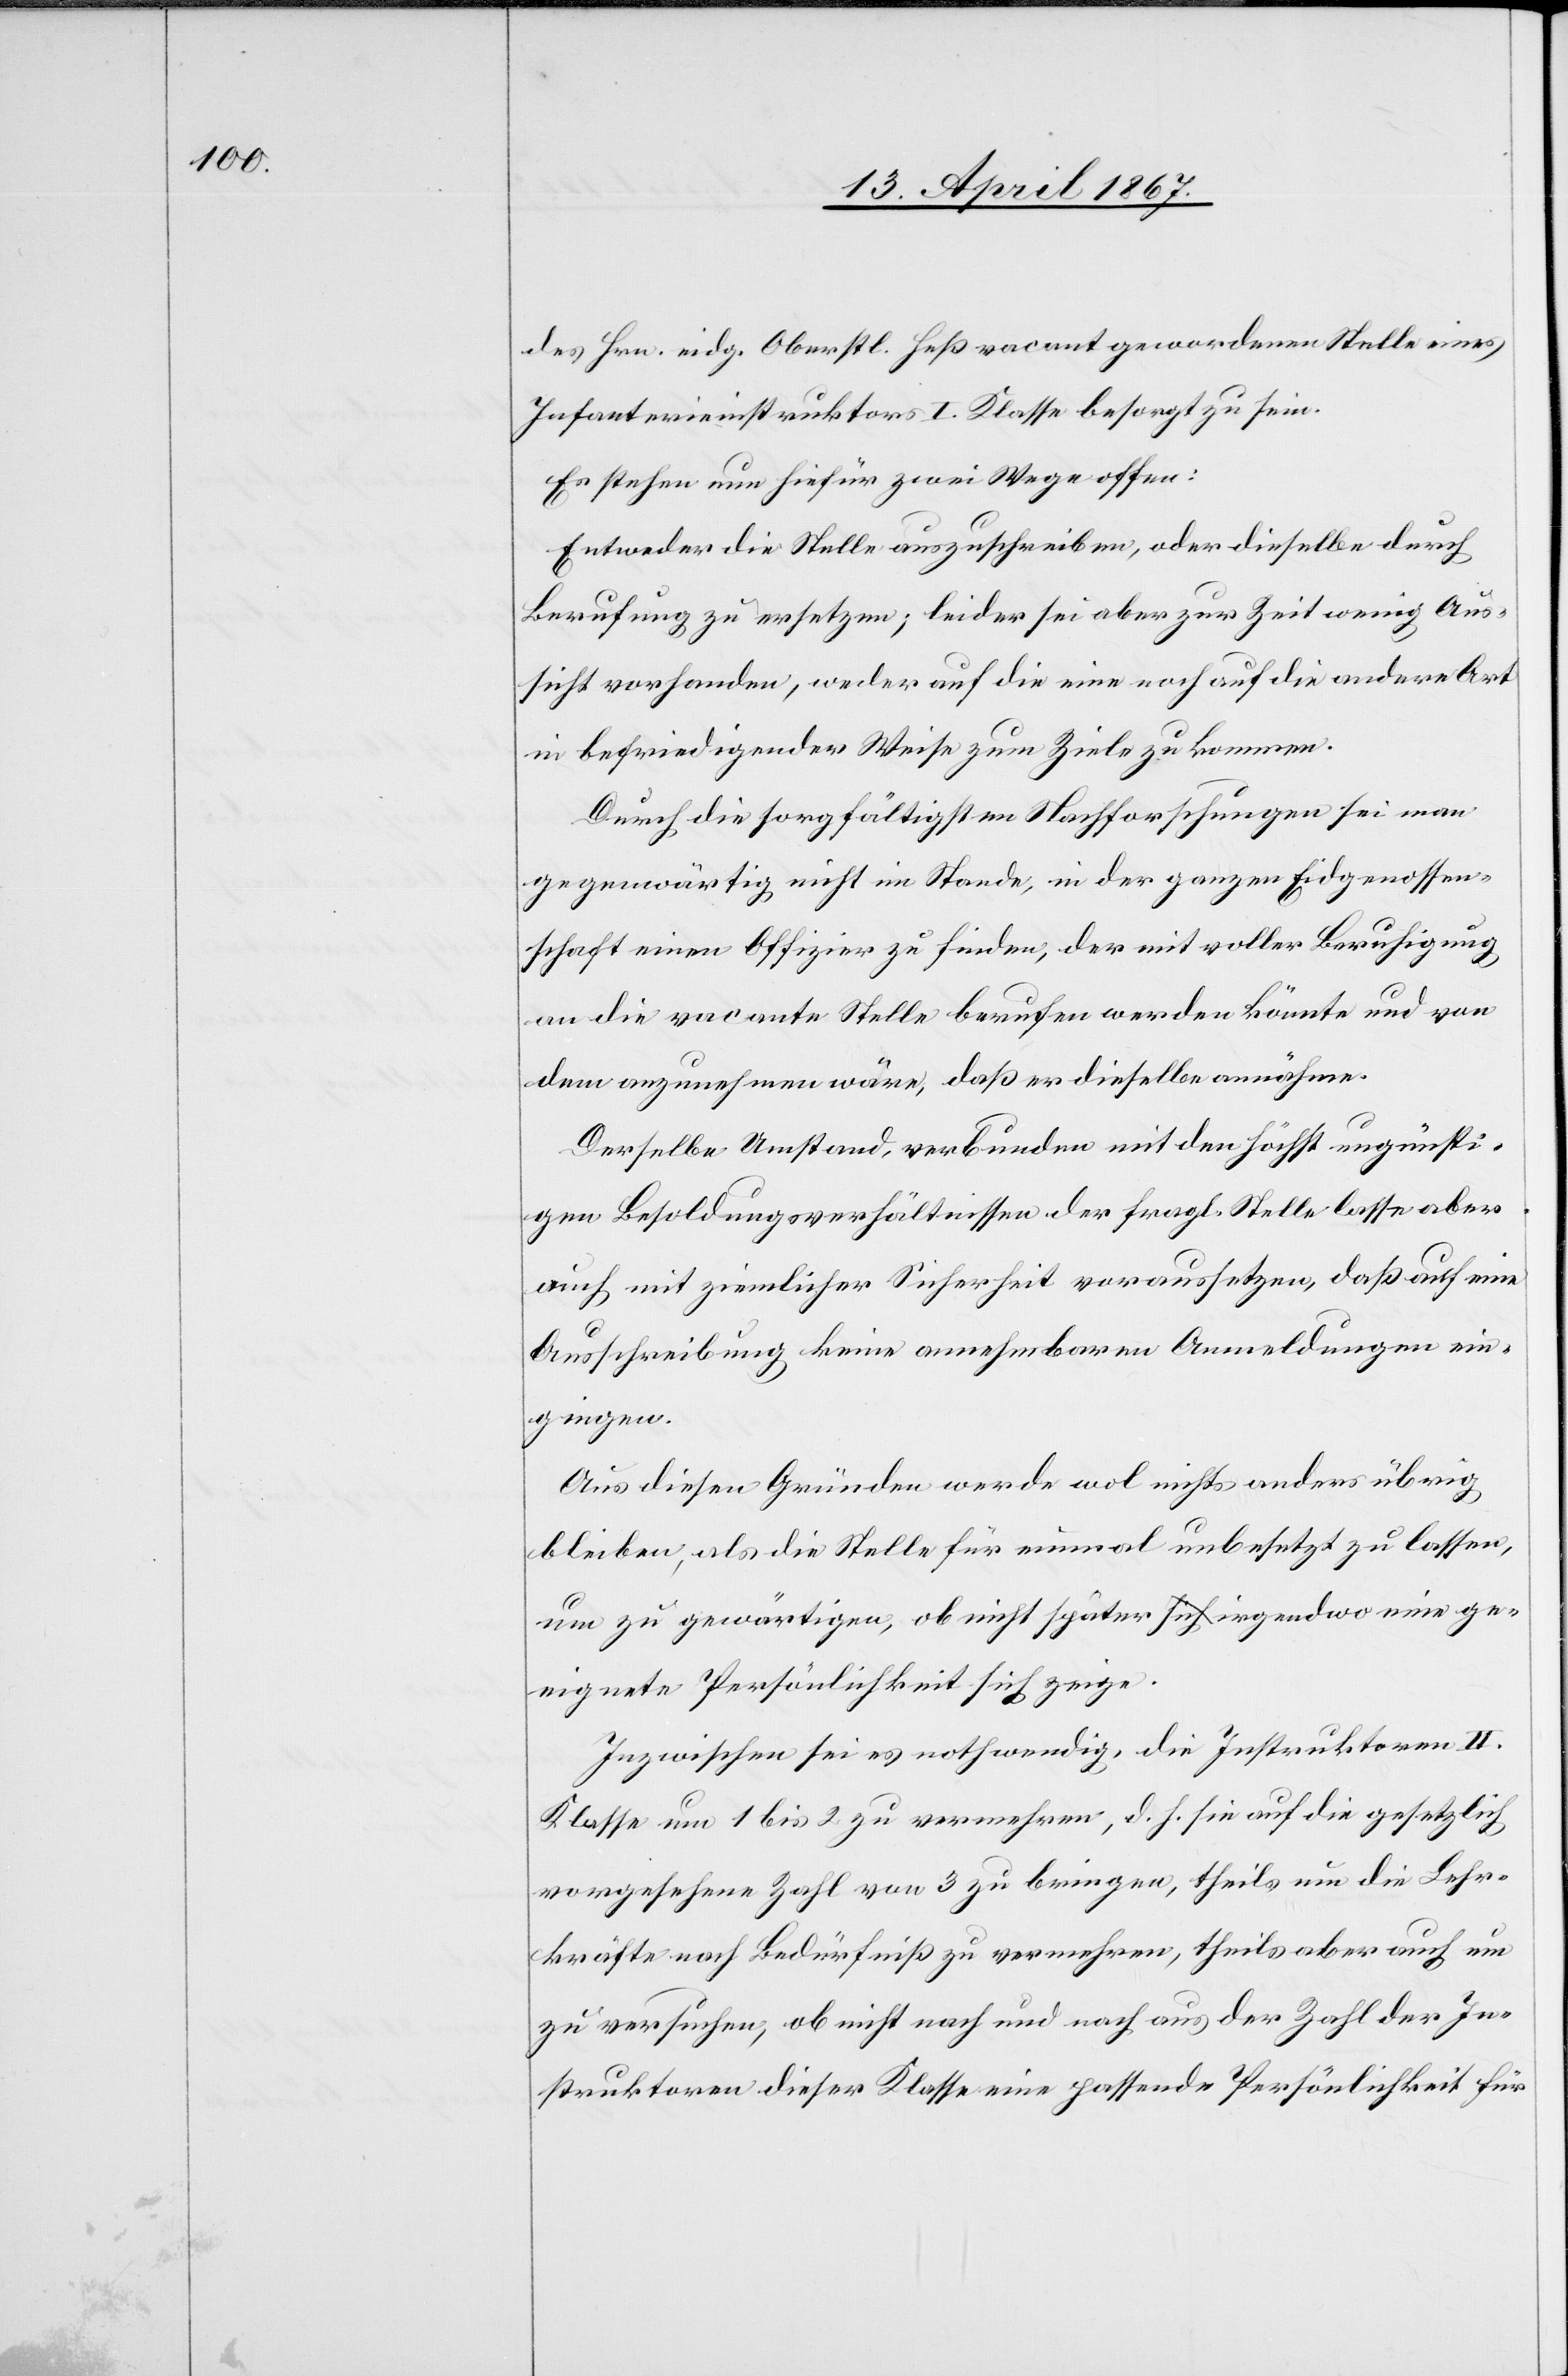
des Hrn. eidg. Oberstl. Heß vacant gewordenen Stelle eines
Infanterieinstruktors I. Klasse besorgt zu sein.
Es stehen nun hiefür zwei Wege offen:
Entweder die Stelle auszuschreiben, oder dieselbe durch
Berufung zu ersetzen; leider sei aber zur Zeit wenig Aus¬
sicht vorhanden, weder auf die eine noch auf die andere Art
in befriedigender Weise zum Ziele zu kommen.
Durch die sorgfältigsten Nachforschungen sei man
gegenwärtig nicht im Stande, in der ganzen Eidgenossen¬
schaft einen Offizier zu finden, der mit voller Beruhigung
an die vacante Stelle berufen werden könnte und von
dem anzunehmen wäre, daß er dieselbe annähme.
Derselbe Umstand, verbunden mit den höchst ungünsti¬
gen Besoldungsverhältnissen der fragl. Stelle lasse aber
auch mit ziemlicher Sicherheit voraussetzen, daß auf eine
Ausschreibung keine annehmbaren Anmeldungen ein¬
gingen.
Aus diesen Gründen werde wol nichts anders übrig
bleiben, als die Stelle für nunmal unbesetzt zu lassen,
um zu gewärtigen, ob nicht später irgendwo eine ge¬
eignete Persönlichkeit sich zeige.
Inzwischen sei es nothwendig, die Instruktoren II.
Klasse um 1 bis 2 zu vermehren, d. h. hin auf die gesetzlich
vorgesehene Zahl von 3 zu bringen, theils um die Lehr¬
kräfte nach Bedürfniß zu vermehren, theils aber auch um
zu versuchen, ob nicht nach und nach aus der Zahl der In¬
struktoren dieser Klasse eine passende Persönlichkeit für